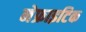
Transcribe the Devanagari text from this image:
नेफ्राइटिक